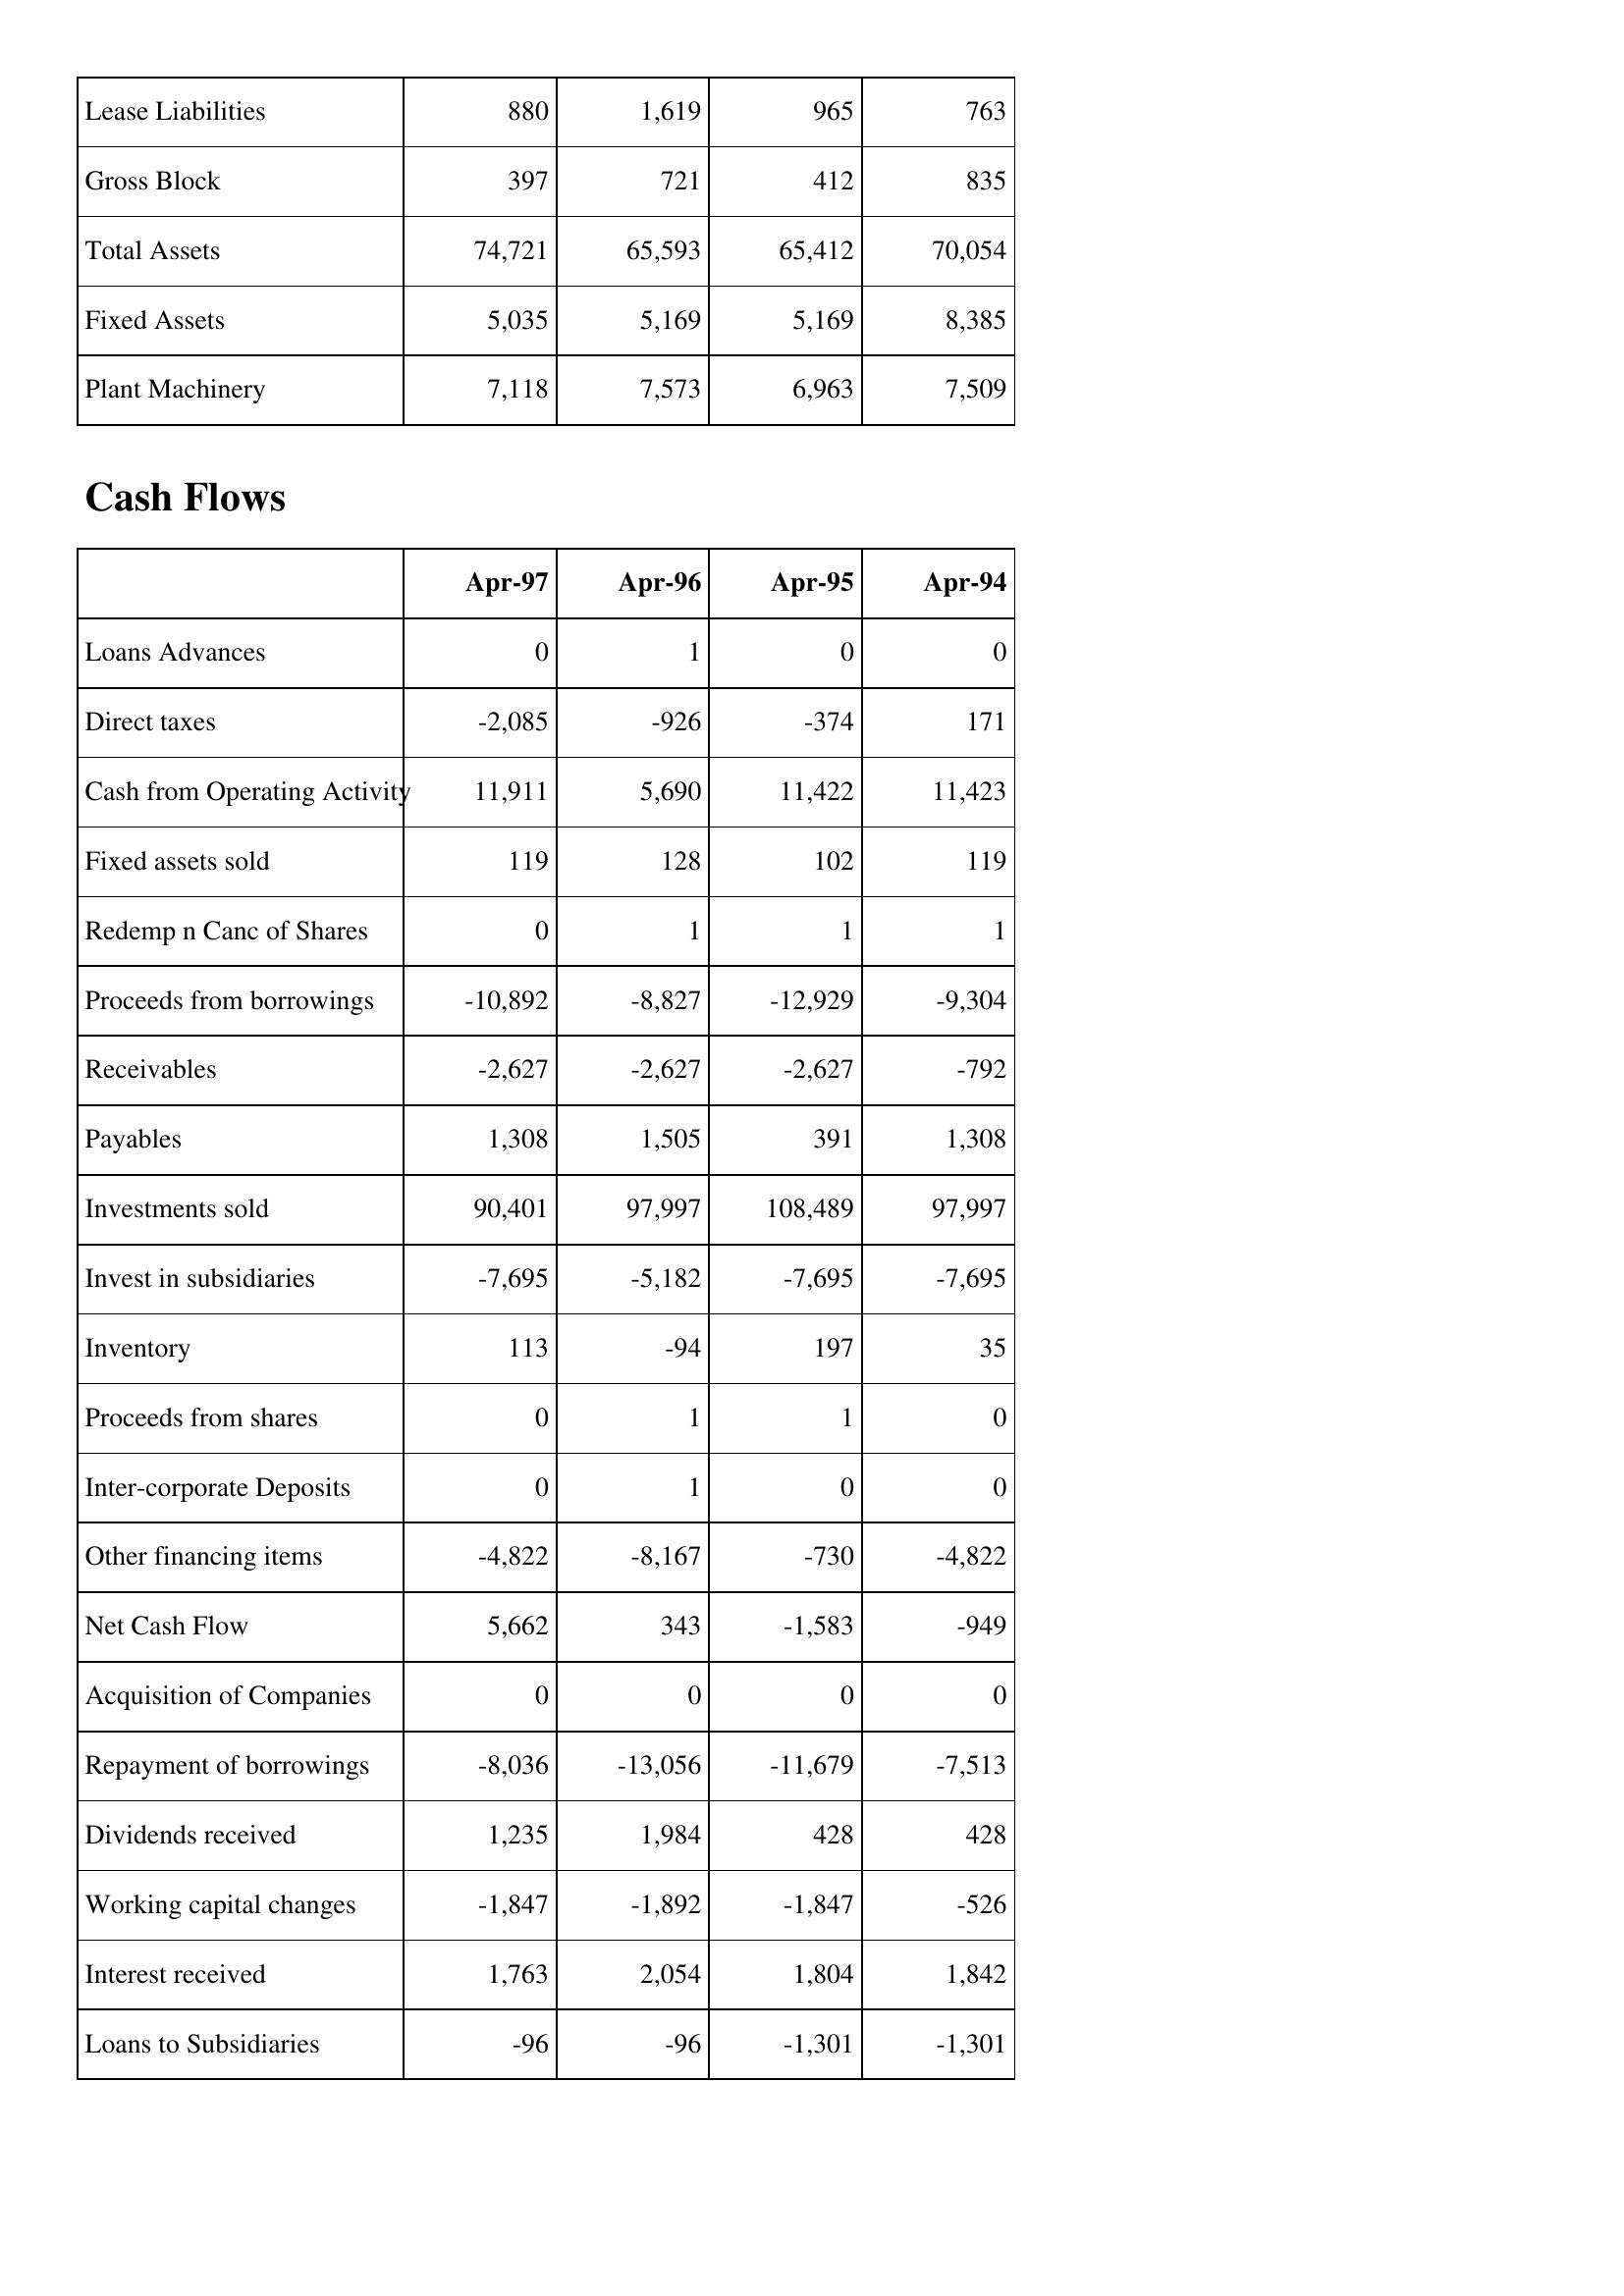
Apr-97: Balance Sheet: Lease Liabilities: 880
Gross Block: 397
Total Assets: 74,721
Fixed Assets: 5,035
Plant Machinery: 7,118
Cash Flows: Loans Advances: 0
Direct taxes: -2,085
Cash from Operating Activity: 11,911
Fixed assets sold: 119
Redemp n Canc of Shares: 0
Proceeds from borrowings: -10,892
Receivables: -2,627
Payables: 1,308
Investments sold: 90,401
Invest in subsidiaries: -7,695
Inventory: 113
Proceeds from shares: 0
Inter-corporate Deposits: 0
Other financing items: -4,822
Net Cash Flow: 5,662
Acquisition of Companies: 0
Repayment of borrowings: -8,036
Dividends received: 1,235
Working capital changes: -1,847
Interest received: 1,763
Loans to Subsidiaries: -96
Apr-96: Balance Sheet: Lease Liabilities: 1,619
Gross Block: 721
Total Assets: 65,593
Fixed Assets: 5,169
Plant Machinery: 7,573
Cash Flows: Loans Advances: 1
Direct taxes: -926
Cash from Operating Activity: 5,690
Fixed assets sold: 128
Redemp n Canc of Shares: 1
Proceeds from borrowings: -8,827
Receivables: -2,627
Payables: 1,505
Investments sold: 97,997
Invest in subsidiaries: -5,182
Inventory: -94
Proceeds from shares: 1
Inter-corporate Deposits: 1
Other financing items: -8,167
Net Cash Flow: 343
Acquisition of Companies: 0
Repayment of borrowings: -13,056
Dividends received: 1,984
Working capital changes: -1,892
Interest received: 2,054
Loans to Subsidiaries: -96
Apr-95: Balance Sheet: Lease Liabilities: 965
Gross Block: 412
Total Assets: 65,412
Fixed Assets: 5,169
Plant Machinery: 6,963
Cash Flows: Loans Advances: 0
Direct taxes: -374
Cash from Operating Activity: 11,422
Fixed assets sold: 102
Redemp n Canc of Shares: 1
Proceeds from borrowings: -12,929
Receivables: -2,627
Payables: 391
Investments sold: 108,489
Invest in subsidiaries: -7,695
Inventory: 197
Proceeds from shares: 1
Inter-corporate Deposits: 0
Other financing items: -730
Net Cash Flow: -1,583
Acquisition of Companies: 0
Repayment of borrowings: -11,679
Dividends received: 428
Working capital changes: -1,847
Interest received: 1,804
Loans to Subsidiaries: -1,301
Apr-94: Balance Sheet: Lease Liabilities: 763
Gross Block: 835
Total Assets: 70,054
Fixed Assets: 8,385
Plant Machinery: 7,509
Cash Flows: Loans Advances: 0
Direct taxes: 171
Cash from Operating Activity: 11,423
Fixed assets sold: 119
Redemp n Canc of Shares: 1
Proceeds from borrowings: -9,304
Receivables: -792
Payables: 1,308
Investments sold: 97,997
Invest in subsidiaries: -7,695
Inventory: 35
Proceeds from shares: 0
Inter-corporate Deposits: 0
Other financing items: -4,822
Net Cash Flow: -949
Acquisition of Companies: 0
Repayment of borrowings: -7,513
Dividends received: 428
Working capital changes: -526
Interest received: 1,842
Loans to Subsidiaries: -1,301